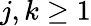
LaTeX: j,k\geq 1